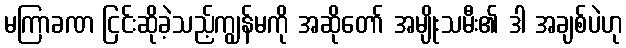
မကြာခဏ ငြင်းဆိုခဲ့သည့်ကျွန်မကို အဆိုတော် အမျိုးသမီး၏ ဒါ အချစ်ပဲဟု